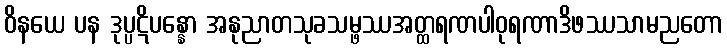
ဝိနယေ ပန ဒုပ္ပဋိပန္နော အနုညာတသုခသမ္ဖဿအတ္ထရဏပါဝုရဏာဒိဖဿသာမညတော